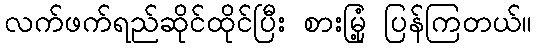
လက်ဖက်ရည်ဆိုင်ထိုင်ပြီး စားမြုံ့ ပြန်ကြတယ်။